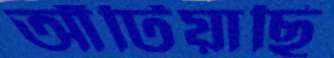
আঁটিয়াছি